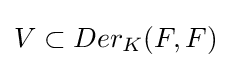
V\subset Der_{K}(F,F)